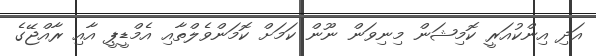
އަދި އިންކުއަރީ ކޮމިޝަން މިނިވަން ނޫން ކަމަށް ކޮމަންވެލްތާއި އެމްޑީޕީ އާއި ރާއްޖޭގެ